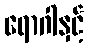
ရောဂါနှင့်